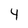
Character: 4